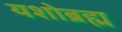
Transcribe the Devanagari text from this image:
यशोब्रह्म